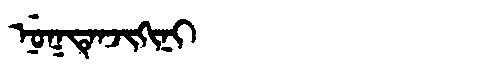
Manchu: ᠨᡠᡴᡨᡝᠨᠵᡳᡴᡳᠨᡳ
Romanization: NUKTENJIKINI